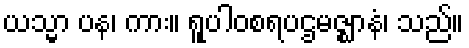
ယသ္မာ ပန၊ ကား။ ရူပါဝစရပဌမဇ္ဈာနံ၊ သည်။